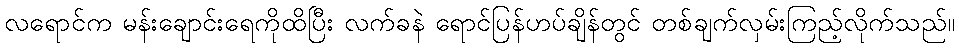
လရောင်က မန်းချောင်းရေကိုထိပြီး လက်ခနဲ ရောင်ပြန်ဟပ်ချိန်တွင် တစ်ချက်လှမ်းကြည့်လိုက်သည်။